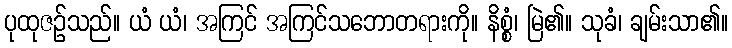
ပုထုဇဉ်သည်။ ယံ ယံ၊ အကြင် အကြင်သဘောတရားကို။ နိစ္စံ၊ မြဲ၏။ သုခံ၊ ချမ်းသာ၏။